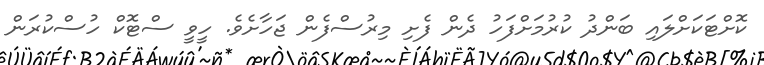
ކޮށްޓަކަށްލައި ބަންދު ކުރުމަށްފަހު ދެން ފެށި މިރުސްފެން ޖަހާށެވެ. ހީވީ ސްޓޮކް ހުސްކުރަން